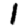
Digit: 1